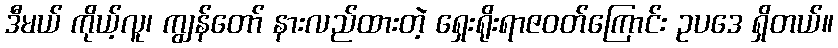
ဒီမယ် ကိုယ့်လူ၊ ကျွန်တော် နားလည်ထားတဲ့ ရှေးရိုးရာဇဝတ်ကြောင်း ဥပဒေ ရှိတယ်။